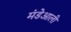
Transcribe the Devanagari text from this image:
मंडेआली